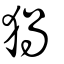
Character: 猧